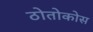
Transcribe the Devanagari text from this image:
ठोतोकोस